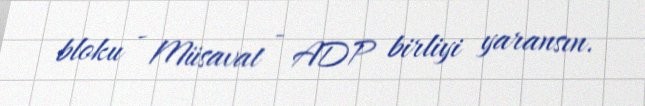
bloku - Müsavat - ADP birliyi yaransın.